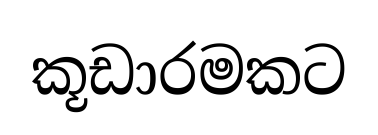
කූඩාරමකට